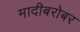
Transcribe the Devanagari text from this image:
मादीबरोबर